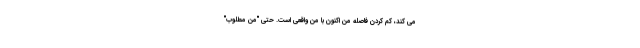
می کند، کم کردن فاصله منِ اکنون با منِ واقعی است. حتی "منِ مطلوب"